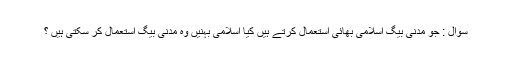
سُوال : جو مَدَنی بیگ اسلامى بھائى اِستعمال کرتے ہیں کیا اسلامی بہنیں وہ مَدَنی بیگ اِستعمال کر سکتی ہیں ؟